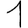
Digit: 1